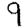
Digit: 9